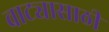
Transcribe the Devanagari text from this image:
वाट्यासाठी